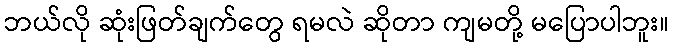
ဘယ်လို ဆုံးဖြတ်ချက်တွေ ရမလဲ ဆိုတာ ကျမတို့ မပြောပါဘူး။